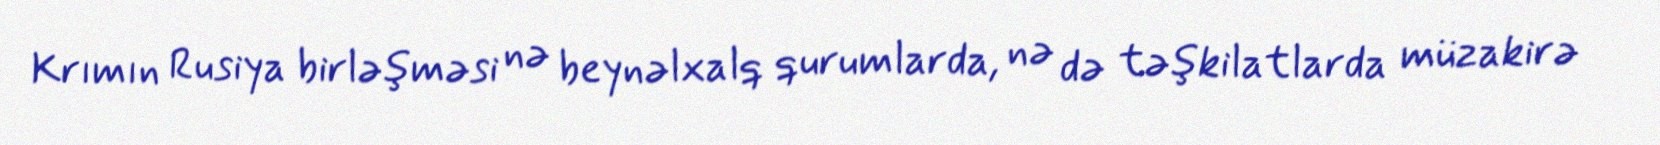
Krımın Rusiya birləşməsi nə beynəlxalq qurumlarda, nə də təşkilatlarda müzakirə